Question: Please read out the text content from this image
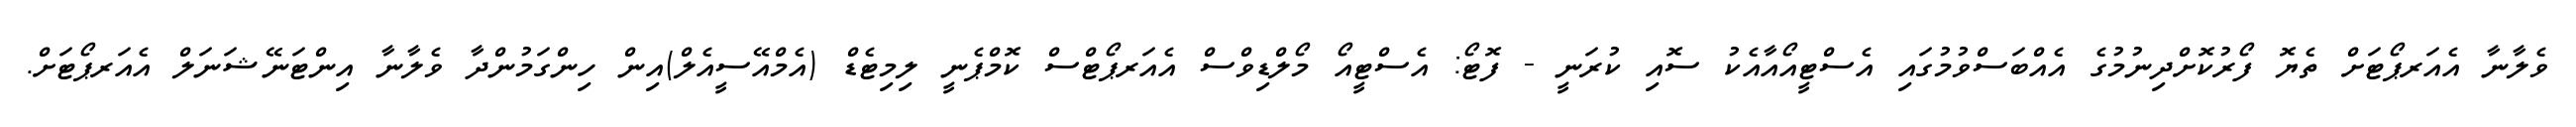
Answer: ވެލާނާ އެއަރޕޯޓަށް ތެޔޮ ފޯރުކޮށްދިނުމުގެ އެއްބަސްވުމުގައި އެސްޓީއޯއާއެކު ސޮއި ކުރަނީ - ފޮޓޯ: އެސްޓީއޯ މޯލްޑިވްސް އެއަރޕޯޓްސް ކޮމްޕެނީ ލިމިޓެޑް (އެމްއޭސީއެލް)އިން ހިންގަމުންދާ ވެލާނާ އިންޓަނޭޝަނަލް އެއަރޕޯޓަށް.